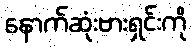
နောက်ဆုံးဗားရှင်းကို